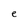
Character: e